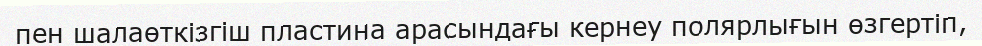
пен шалаөткізгіш пластина арасындағы кернеу полярлығын өзгертіп,